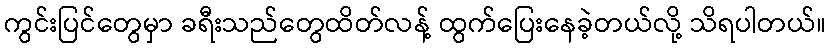
ကွင်းပြင်တွေမှာ ခရီးသည်တွေထိတ်လန့် ထွက်ပြေးနေခဲ့တယ်လို့ သိရပါတယ်။